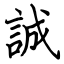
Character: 誠